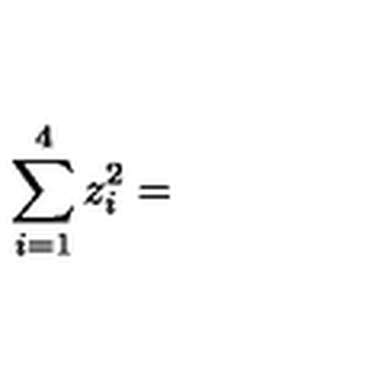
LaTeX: \sum _ { i = 1 } ^ { 4 } z _ { i } ^ { 2 } =